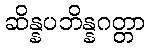
ဆိန္နပဘိန္နဂတ္တာ